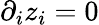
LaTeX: \partial_{i}z_{i}=0